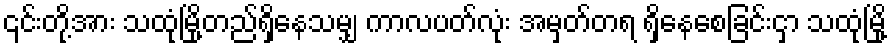
၎င်းတို့အား သထုံမြို့တည်ရှိနေသမျှ ကာလပတ်လုံး အမှတ်တရ ရှိနေစေခြင်းငှာ သထုံမြို့